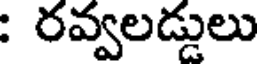
: రవ్వలడ్డులు